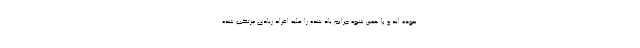
نموده اند و با همین شیوه جرایم یاد شده را علیه افراد زیادی مرتکب شده